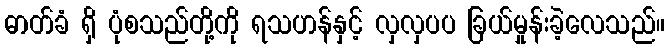
ဓာတ်ခံ ရှိ ပုံစသည်တို့ကို ရသဟန်နှင့် လှလှပပ ခြယ်မှုန်းခဲ့လေသည်။